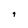
Character: q